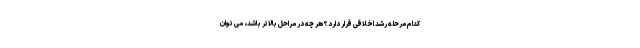
کدام مرحله رشد اخلاقی قرار دارد؟ هر چه در مراحل بالاتر باشد، می توان